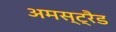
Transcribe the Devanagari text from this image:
अमस्ट्रैड